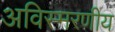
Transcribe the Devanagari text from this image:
अविस्‍मरणीय